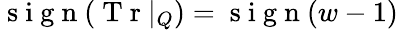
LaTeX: \mathrm{~s~i~g~n~}(\mathrm{~T~r~}|_{Q})=\mathrm{~s~i~g~n~}(w-1)